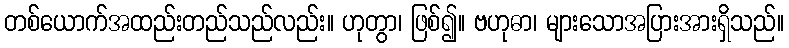
တစ်ယောက်အထည်းတည်သည်လည်း။ ဟုတွာ၊ ဖြစ်၍။ ဗဟုဓာ၊ များသောအပြားအားရှိသည်။